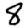
Digit: 8